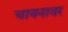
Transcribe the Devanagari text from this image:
चायनावर